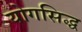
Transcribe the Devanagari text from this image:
योगसिद्ध